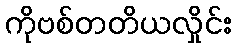
ကိုဗစ်တတိယလှိုင်း